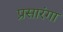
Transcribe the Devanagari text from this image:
प्रसारंगा